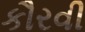
કૌરવી